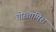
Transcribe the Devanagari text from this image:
तोख़्तामिश